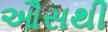
ઔસથી